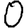
Digit: 0